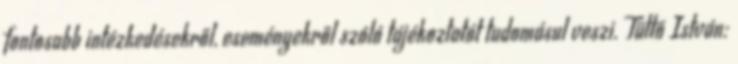
fontosabb intézkedésekről, eseményekről szóló tájékoztatót tudomásul veszi. Tüttő István: